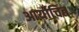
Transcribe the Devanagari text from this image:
आर्योचित